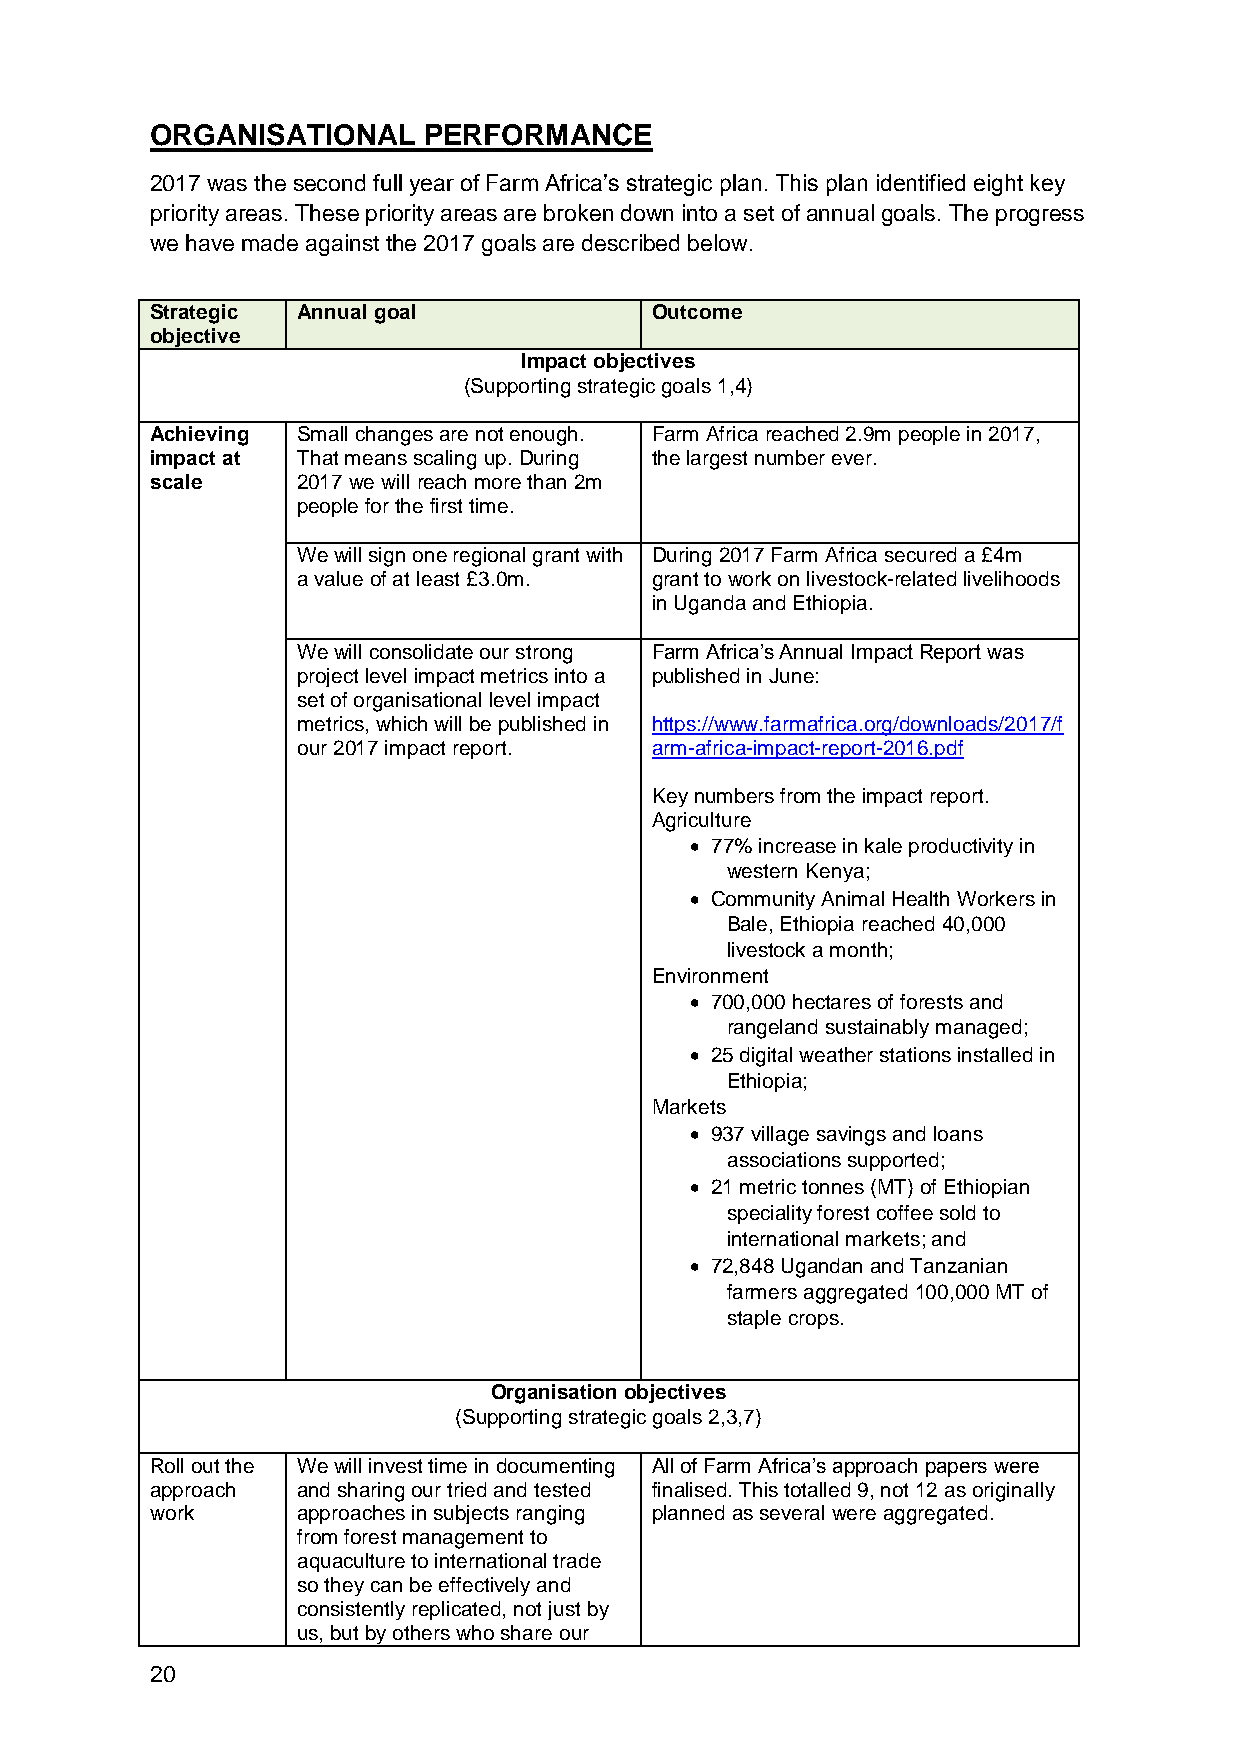
ORGANISATIONAL    PERFORMANCE
 2017 was the second full year of Farm Africa’s strategic plan. This plan identified eight key
 priority areas. These priority areas are broken down into a set of annual goals. The progress
 we have made against the 2017 goals are described below.
 Strategic Annual goal            Outcome
 objective
 Impact objectives
 (Supporting strategic goals 1,4)
 Achieving Small changes are not enough. Farm Africa reached 2.9m people in 2017,
 impact at That means scaling up. During the largest number ever.
 scale     2017 we will reach more than 2m
 people for the first time.
 We will sign one regional grant with During 2017 Farm Africa secured a £4m
 a value of at least £3.0m. grant to work on livestock-related livelihoods
 in Uganda and Ethiopia.
 We will consolidate our strong Farm Africa’s Annual Impact Report was
 project level impact metrics into a published in June:
 set of organisational level impact
 metrics, which will be published in https://www.farmafrica.org/downloads/2017/f
 our 2017 impact report. arm-africa-impact-report-2016.pdf
 Key numbers from the impact report.
 Agriculture
  77% increase in kale productivity in
 western Kenya;
  Community Animal Health Workers in
 Bale, Ethiopia reached 40,000
 livestock a month;
 Environment
  700,000 hectares of forests and
 rangeland sustainably managed;
  25 digital weather stations installed in
 Ethiopia;
 Markets
  937 village savings and loans
 associations supported;
  21 metric tonnes (MT) of Ethiopian
 speciality forest coffee sold to
 international markets; and
  72,848 Ugandan and Tanzanian
 farmers aggregated 100,000 MT of
 staple crops.
 Organisation objectives
 (Supporting strategic goals 2,3,7)
 Roll out the We will invest time in documenting All of Farm Africa’s approach papers were
 approach  and sharing our tried and tested finalised. This totalled 9, not 12 as originally
 work      approaches in subjects ranging planned as several were aggregated.
 from forest management to
 aquaculture to international trade
 so they can be effectively and
 consistently replicated, not just by
 us, but by others who share our
 20